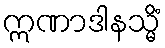
ဣဏာဒါနသ္မိံ